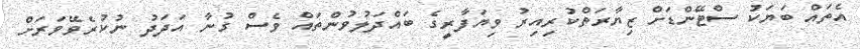
އެތައް ބަޔަކު ސްޓޭންޑަށް ޒިޔާރަތްކުރިއިރު ވިޔަފާރީގެ ބައްދަލުވުންތައް ވެސް ގުނާ އަދަދު ނުކުރެވޭވަރަށް